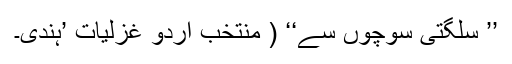
’’ سُلگتی سوچوں سے‘‘ ( منتخب اُردو غزلیات ’ہندی۔